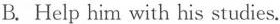
B. Help him with his studies.